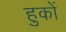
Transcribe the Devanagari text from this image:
हुकों